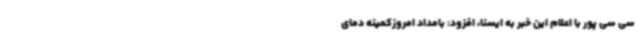
سی سی پور با اعلام این خبر به ایسنا، افزود: بامداد امروزکمینه دمای